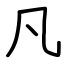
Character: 凡